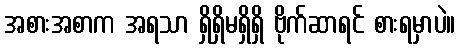
အစားအစာက အရသာ ရှိရှိမရှိရှိ ဗိုက်ဆာရင် စားရမှာပဲ။